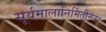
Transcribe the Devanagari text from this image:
सूर्यमालानिर्मितीनंतर